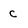
Character: c